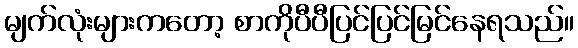
မျက်လုံးများကတော့ စာကိုပီပီပြင်ပြင်မြင်နေရသည်။